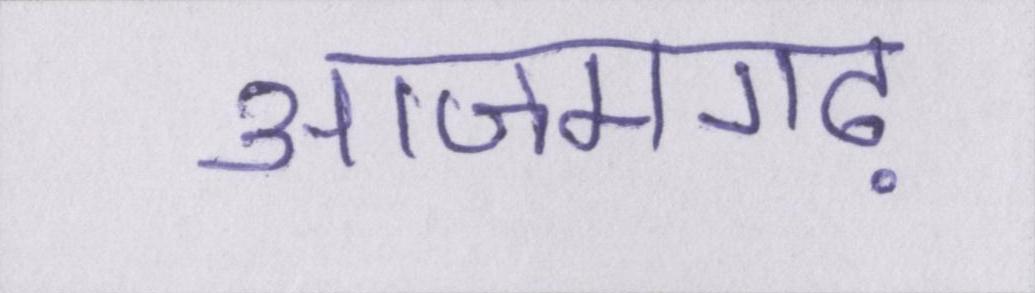
आजमगढ़